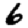
Digit: 6